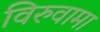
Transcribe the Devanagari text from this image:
विरुवामा